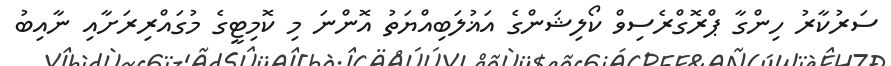
ސަރުކާރު ހިންގާ ޕްރޮގްރެސިވް ކޯލިޝަންގެ އަޣުލަބިއްޔަތު އޮންނަ މި ކޮމިޓީގެ މުގައްރިރަށާއި ނާއިބު